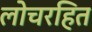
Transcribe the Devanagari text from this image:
लोचरहित